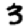
Digit: 3